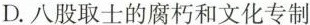
D.八股取士的腐朽和文化专制